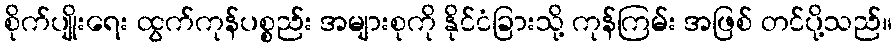
စိုက်ပျိုးရေး ထွက်ကုန်ပစ္စည်း အများစုကို နိုင်ငံခြားသို့ ကုန်ကြမ်း အဖြစ် တင်ပို့သည်။